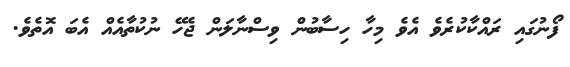
ފޯނުގައި ރައްކާކުރެވެ އެވެ މިހާ ހިސާބުން ވިސްނާލަން ޖެހޭ ނުކުތާއެއް އެބަ އޮތެވެ.